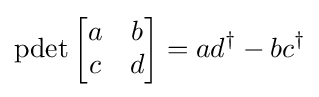
\operatorname {pdet} {\begin{bmatrix}a&b\\c&d\end{bmatrix}}=ad^{\dagger }-bc^{\dagger }